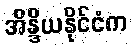
အိန္ဒိယနိုင်ငံက